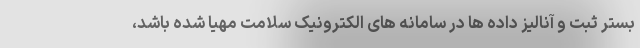
بستر ثبت و آنالیز داده ها در سامانه های الکترونیک سلامت مهیا شده باشد،